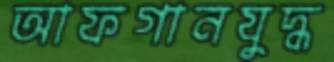
আফগানযুদ্ধ